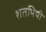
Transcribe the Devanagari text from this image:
शतभिषी